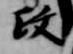
政